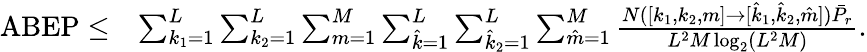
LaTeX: \begin{array}{rl}{\mathrm{ABEP}\leq}&{\sum_{k_{1}=1}^{L}\sum_{{k_{2}}=1}^{L}\sum_{m=1}^{M}\sum_{\hat{k}=1}^{L}\sum_{{\hat{k}_{2}}=1}^{L}\sum_{\hat{m}=1}^{M}\frac{N([k_{1},k_{2},m]\to[\hat{k}_{1},\hat{k}_{2},\hat{m}])\bar{P}_{r}}{{{L^{2}M\log_{2}(L^{2}M)}}}.}\end{array}